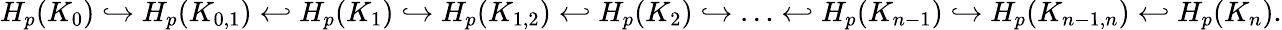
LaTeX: H_{p}(K_{0})\hookrightarrow H_{p}(K_{0,1})\hookleftarrow H_{p}(K_{1})\hookrightarrow H_{p}(K_{1,2})\hookleftarrow H_{p}(K_{2})\hookrightarrow\ldots\hookleftarrow H_{p}(K_{{n-1}})\hookrightarrow H_{p}(K_{{n-1},{n}})\hookleftarrow H_{p}(K_{n}).